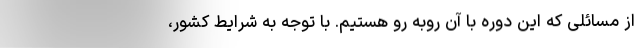
از مسائلی که این دوره با آن روبه رو هستیم. با توجه به شرایط کشور،